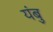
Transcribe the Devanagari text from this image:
यंबु